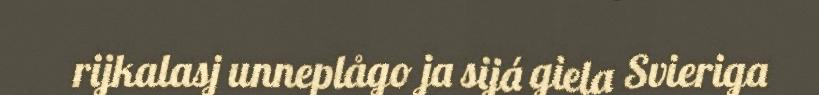
rijkalasj unneplågo ja sijá giela Svieriga